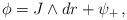
LaTeX: \begin{align*}\phi = J\wedge dr + \psi_{+}\,,\end{align*}